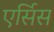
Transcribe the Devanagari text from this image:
एर्सिस